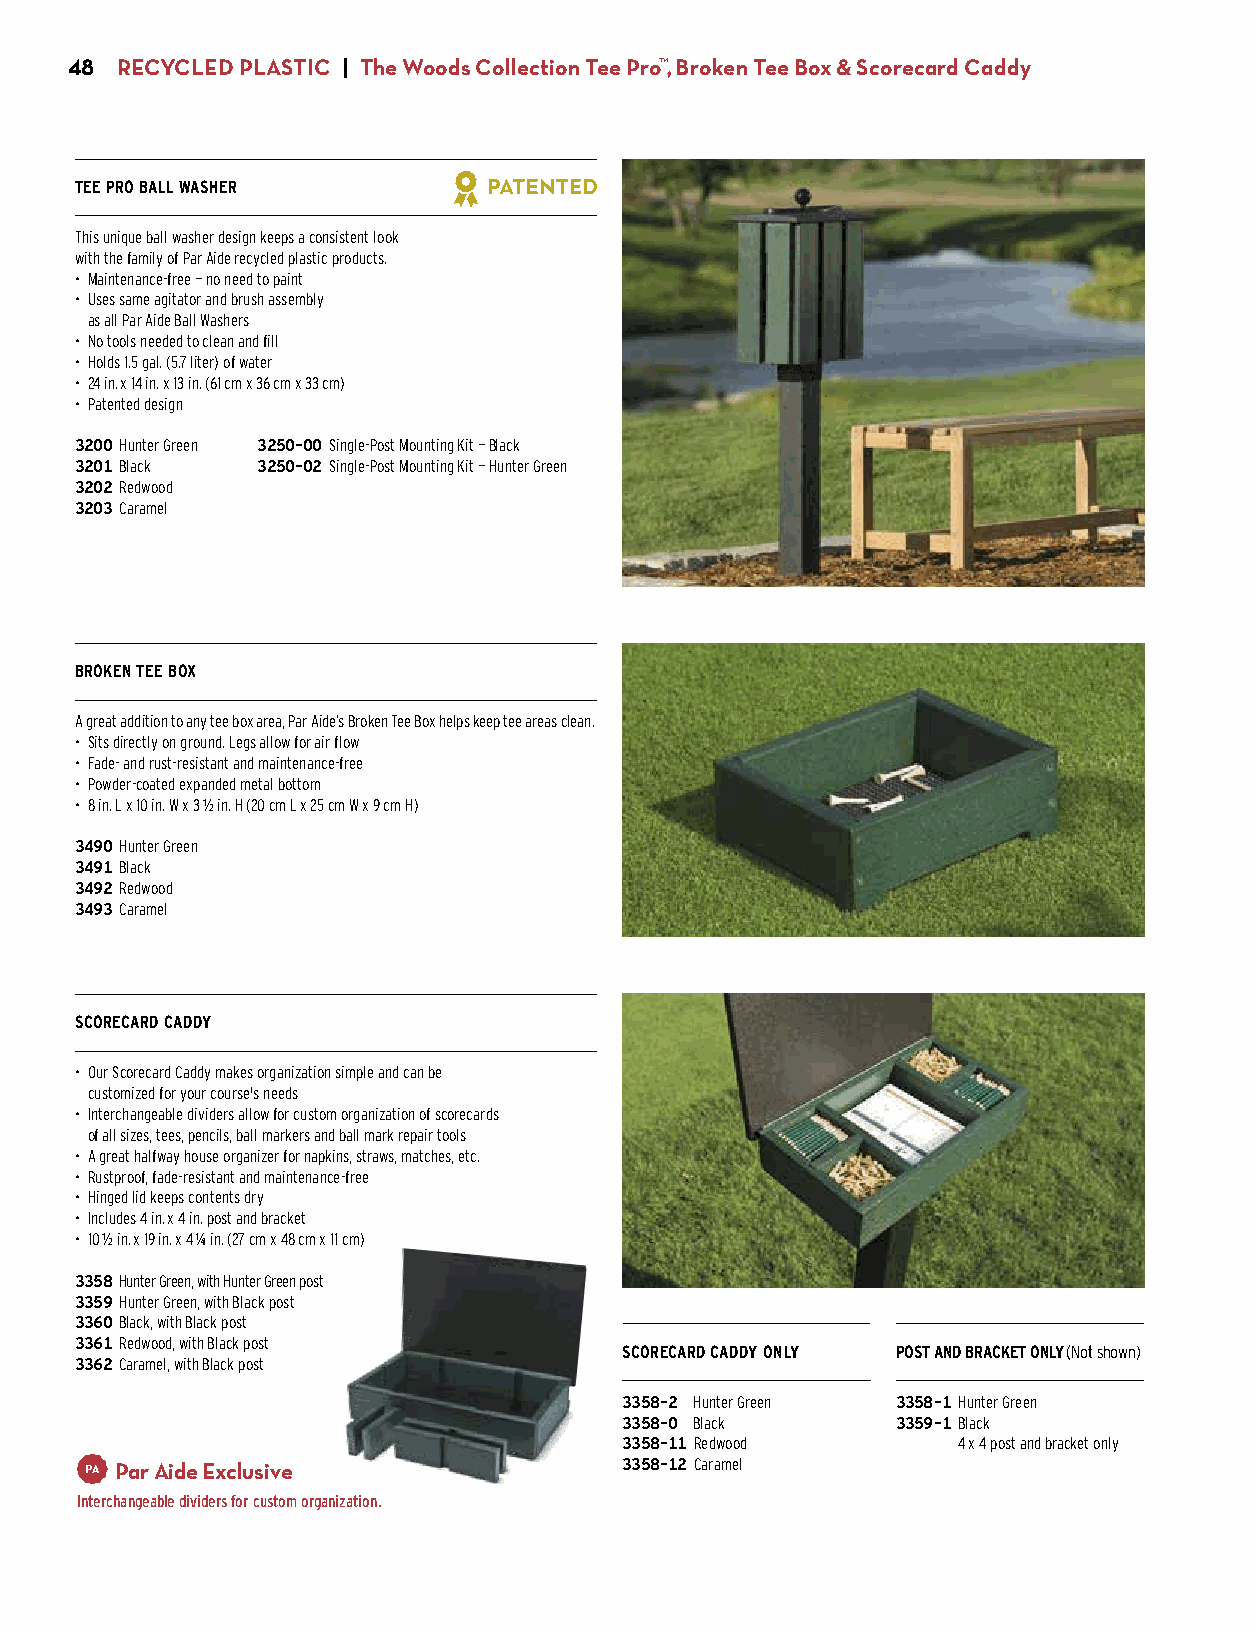
48  RECYCLED PLASTIC | The Woods Collection Tee Pro™, Broken Tee Box & Scorecard Caddy
 TEE PRO BALL WASHER
 This unique ball washer design keeps a consistent look
 with the family of Par Aide recycled plastic products.
 • Maintenance-free — no need to paint
 • Uses same agitator and brush assembly
 as all Par Aide Ball Washers
 • No tools needed to clean and fill
 • Holds 1.5 gal. (5.7 liter) of water
 • 24 in. x 14 in. x 13 in. (61 cm x 36 cm x 33 cm)
 • Patented design
 3200 Hunter Green 3250-00 Single-Post Mounting Kit — Black
 3201 Black  3250-02 Single-Post Mounting Kit — Hunter Green
 3202 Redwood $99.00
 3203 Caramel
 $329.00
 BROKEN TEE BOX
 A great addition to any tee box area, Par Aide’s Broken Tee Box helps keep tee areas clean.
 • Sits directly on ground. Legs allow for air flow
 • Fade- and rust-resistant and maintenance-free
 • Powder-coated expanded metal bottom
 • 8 in. L x 10 in. W x 3 1/2 in. H (20 cm L x 25 cm W x 9 cm H)
 3490 Hunter Green
 3491 Black
 3492 Redwood
 3493 Caramel
 $34.00
 SCORECARD CADDY
 • Our Scorecard Caddy makes organization simple and can be
 customized for your course's needs
 • Interchangeable dividers allow for custom organization of scorecards
 of all sizes, tees, pencils, ball markers and ball mark repair tools
 • A great halfway house organizer for napkins, straws, matches, etc.
 • Rustproof, fade-resistant and maintenance-free
 • Hinged lid keeps contents dry
 • Includes 4 in. x 4 in. post and bracket
 • 10 1/2 in. x 19 in. x 4 1/4 in. (27 cm x 48 cm x 11 cm)
 3358 Hunter Green, with Hunter Green post
 3359 Hunter Green, with Black post
 3360 Black, with Black post
 3361 Redwood, with Black post
 SCORECARD CADDY ONLY POST AND BRACKET ONLY (Not shown)
 3362 Caramel, with Black post
 $240.00
 3358-2 Hunter Green 3358-1 Hunter Green
 3358-0 Black      3359-1 Black
 3358-11 Redwood   $99.00 4 x 4 post and bracket only
 Par Aide Exclusive               3358-12 Caramel
 $141.00
 Interchangeable dividers for custom organization.